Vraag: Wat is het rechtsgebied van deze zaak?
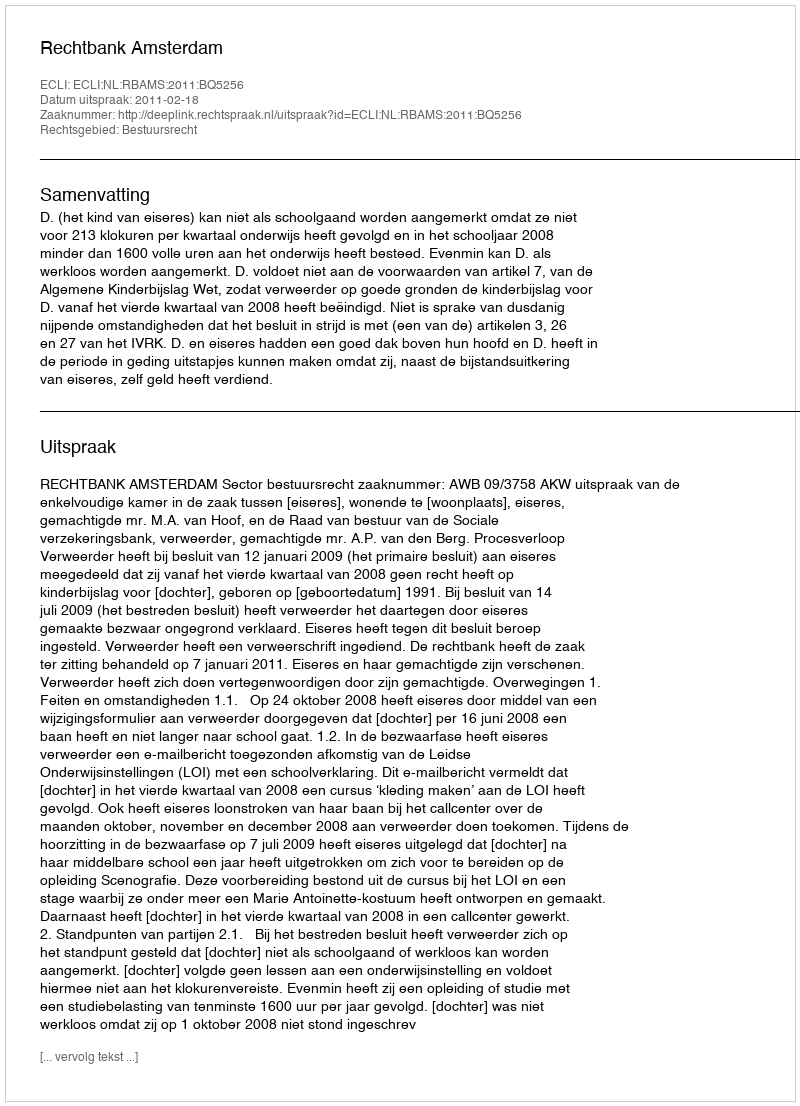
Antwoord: Bestuursrecht